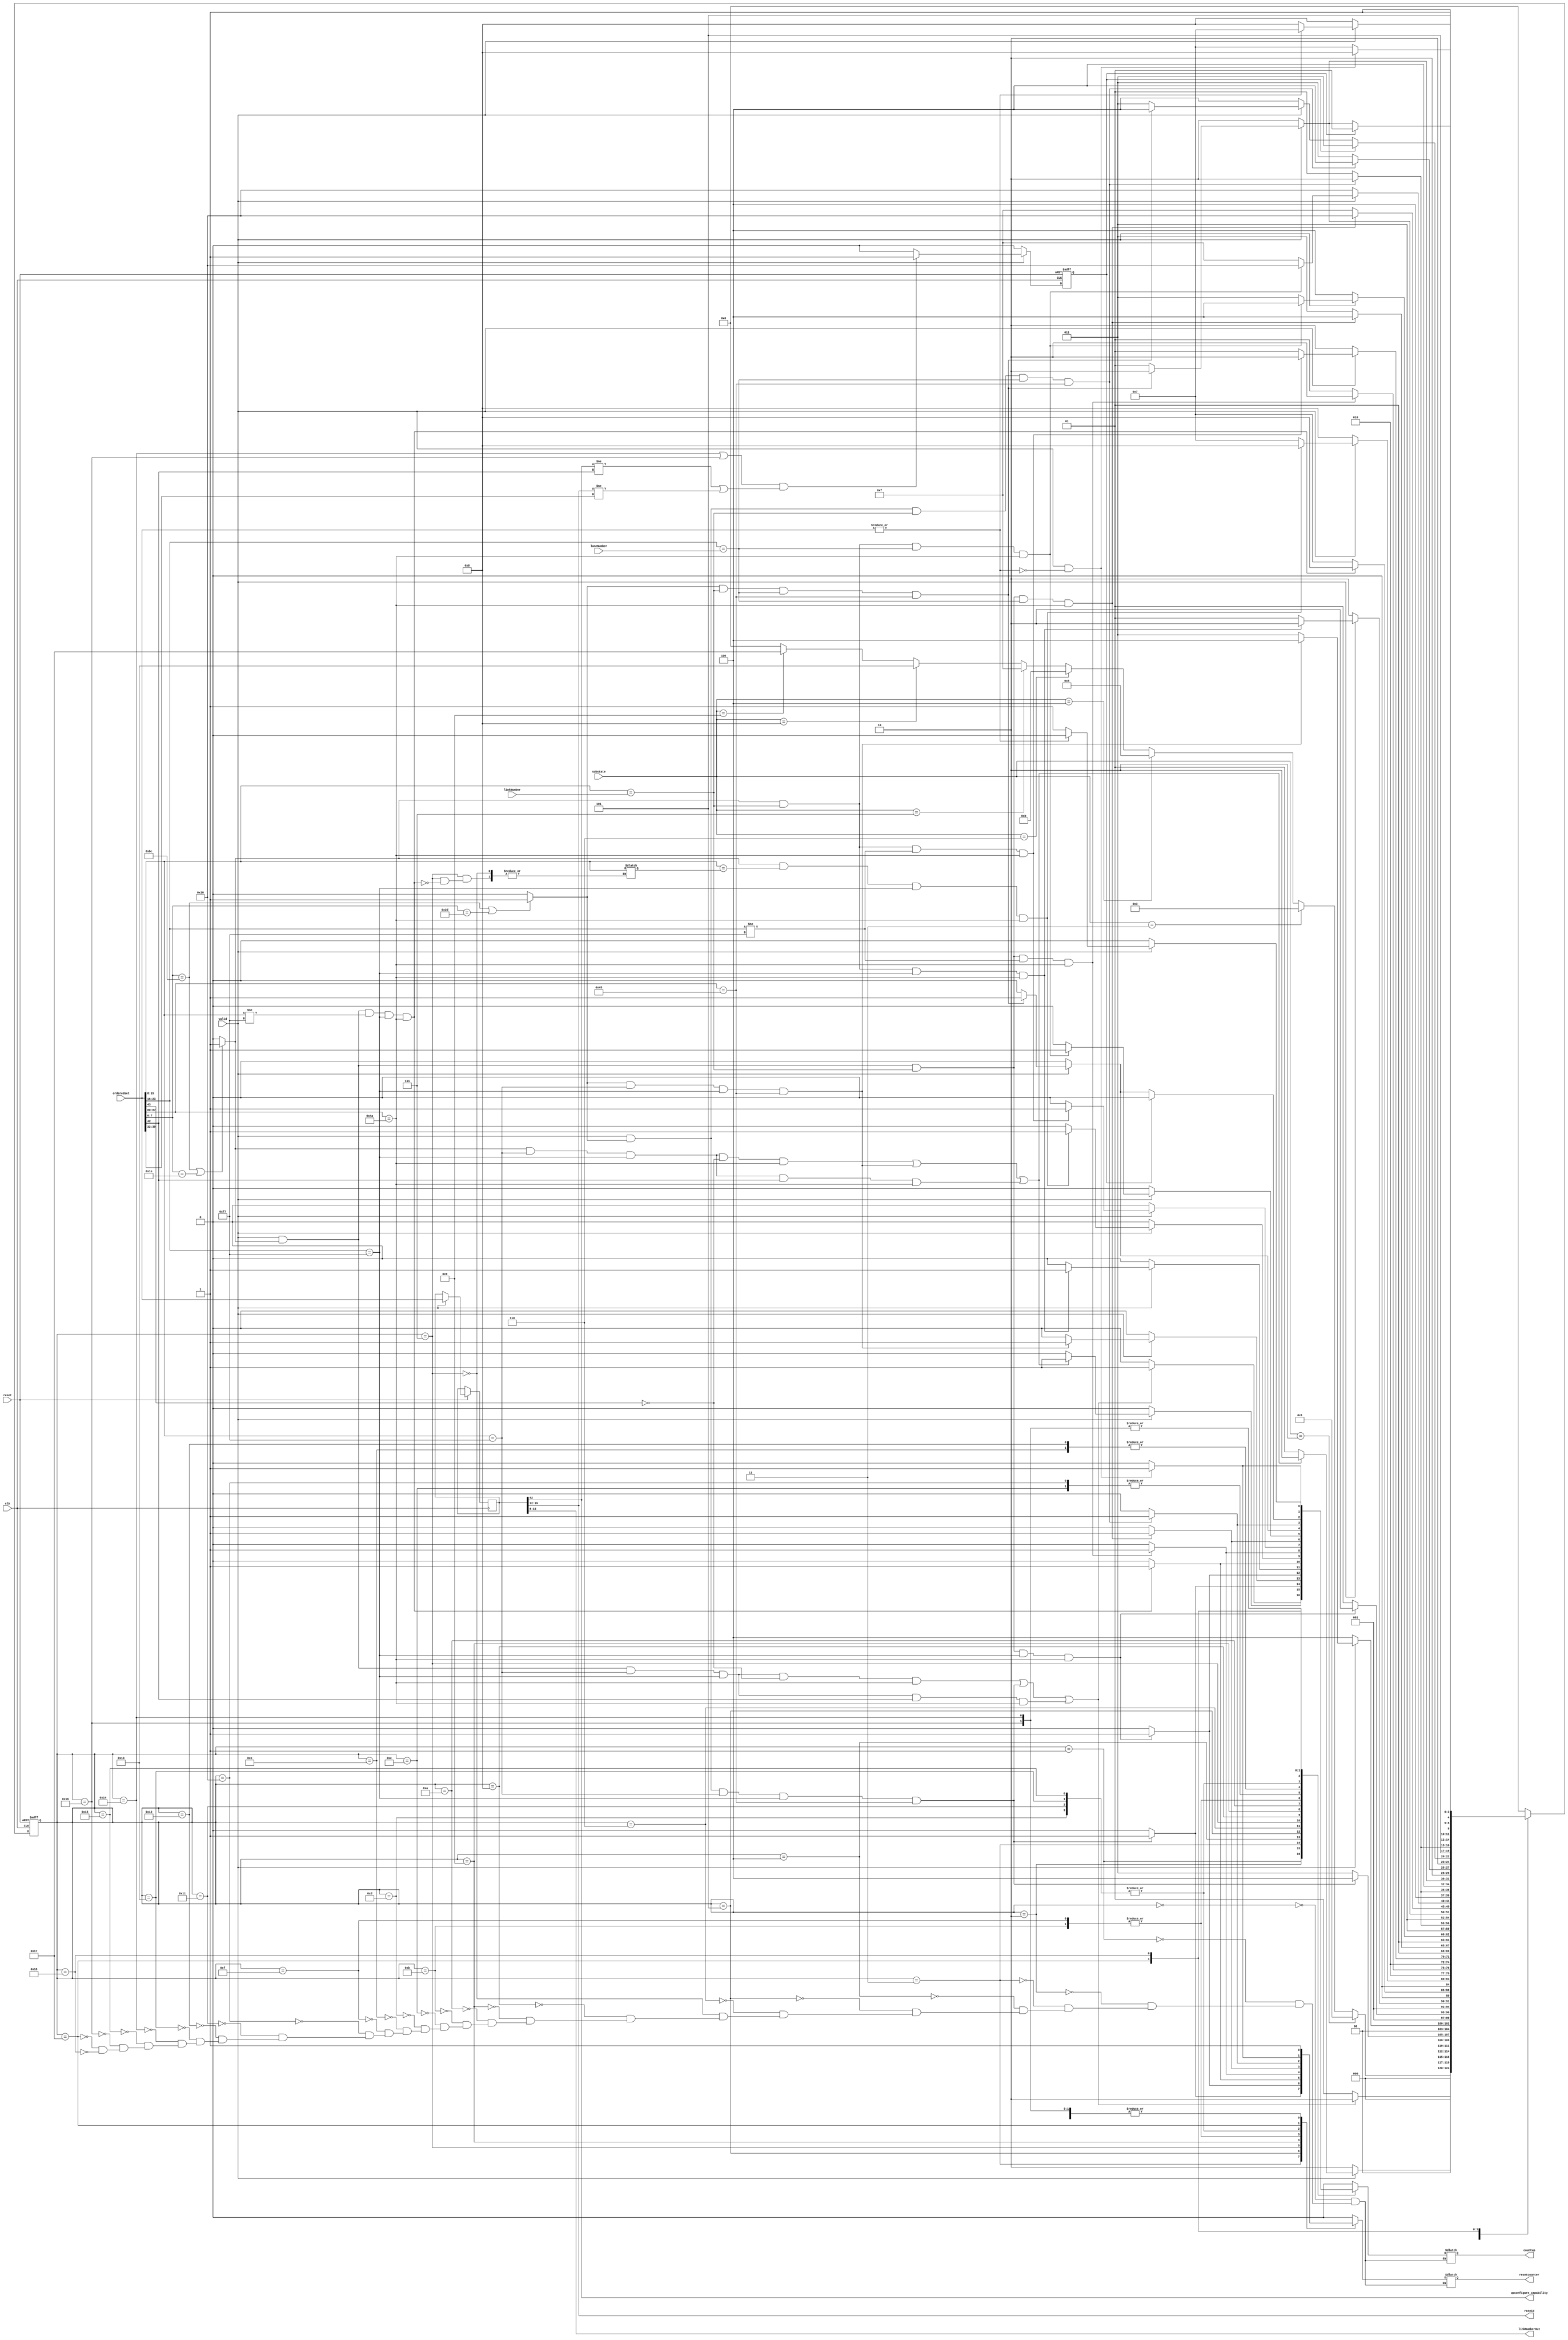
module osChecker #(parameter DEVICETYPE = 0)(
    input clk,
    input [7:0]linkNumber,
    input [7:0]laneNumber,
    input [127:0]orderedset,
    input valid,
    input [3:0]substate,
    input reset,
    output reg countup,
    output reg resetcounter,
    output [7:0] rateid,
    output [7:0] linkNumberOut,
    output upconfigure_capability);

    //LOCLA VARIABLES
    reg[4:0] currentState,nextState;
    reg[127:0] localorderedset;
    reg notEqual;
    reg [7:0] linkNumberReg;
    wire ts1CorrectStart,ts2CorrectStart;
    localparam [7:0]
    PAD = 8'hF7, 
    TS1 = 8'h4A,
    TS2 = 8'h45,
    COM = 	8'hBC, //BC
    gen3TS1 = 8'h1E,
    gen3TS2 = 8'h2D;

//input substates from main ltssm
    localparam [3:0]
        detectQuiet =  4'd0,
        detectActive = 4'd1,
        pollingActive= 4'd2,
        pollingConfiguration= 4'd3,
        configurationLinkWidthStart = 4'd4,
        configurationLinkWidthAccept = 4'd5,
        configurationLanenumWait = 4'd6,
        configurationLanenumAccept = 4'd7,
        configurationComplete = 4'd8,
        configurationIdle = 4'd9;


//internal states
    localparam [4:0]
        start = 5'd0,
        pollingActive1= 5'd1,
        pollingActive2= 5'd2,
        pollingConfiguration1= 5'd3,
        pollingConfiguration2= 5'd4,
        configLinkWidthStartDown1 = 5'd5,
        configLinkWidthStartDown2 = 5'd6,
        configLinkWidthStartUp1 = 5'd7,
        configLinkWidthStartUp2 = 5'd8,
        configLinkWidthAcceptUp1 = 5'd9,
        configLinkWidthAcceptUp2 = 5'd10,
        configLanenumWaitDown1 = 5'd11,
        configLanenumWaitDown2 = 5'd12,
        configLanenumWaitUp1 = 5'd13,
        configLanenumWaitUp2 = 5'd14,
        configLanenumAcceptDown1 = 5'd15,
        configLanenumAcceptDown2 = 5'd16,
        configLanenumAcceptUp1 = 5'd17,
        configLanenumAcceptUp2 = 5'd18,
        configCompleteDown1 = 5'd19,
        configCompleteDown2 = 5'd20,
        configCompleteUp1 = 5'd21,
        configCompleteUp2 = 5'd22,
        configIdle1 = 5'd23,
        configIdle2 = 5'd24;
//CURRENT STATE FF
always @(posedge clk or negedge reset)
begin
    notEqual <= 1'b0;
    if(!reset)
    begin
        currentState <= start;
    end
    else
    begin
        currentState <= nextState;
        if(valid)
        begin
            localorderedset<=orderedset;
            if((currentState == configCompleteDown2||currentState == configCompleteUp2)&&(localorderedset[42] != orderedset[42] || localorderedset[39:32] != orderedset[39:32]))
            notEqual <= 1'b1;
        end
    end    
end

//next state logic block
always @(*)
begin
    case(currentState)
        start:
        begin
            resetcounter = 1'b0; countup = 1'b0;
            if      (substate == pollingActive) nextState = pollingActive1;
            else if (substate == pollingConfiguration) nextState = pollingConfiguration1;
            else if (substate == configurationLinkWidthStart && DEVICETYPE == 1'b0)nextState = configLinkWidthStartDown1;
            else if (substate == configurationLinkWidthStart && DEVICETYPE == 1'b1)nextState = configLinkWidthStartUp1;
            else if (substate == configurationLinkWidthAccept && DEVICETYPE == 1'b1)nextState = configLinkWidthAcceptUp1;
            else if (substate == configurationLanenumWait && DEVICETYPE == 1'b0) nextState = configLanenumWaitDown1;
            else if (substate == configurationLanenumWait && DEVICETYPE == 1'b1) nextState = configLanenumWaitUp1;
            else if (substate == configurationLanenumAccept && DEVICETYPE == 1'b0) nextState = configLanenumAcceptDown1;
            else if (substate == configurationLanenumAccept && DEVICETYPE == 1'b1) nextState = configLanenumAcceptUp1;
            else if (substate == configurationComplete && DEVICETYPE == 1'b0) nextState = configCompleteDown1;
            else if (substate == configurationComplete && DEVICETYPE == 1'b1) nextState = configCompleteUp1;
            else if (substate == configurationIdle) nextState = configIdle1;
            else nextState = start;
        end
/******************************polling Active**************************************************/
        pollingActive1:
        begin
            resetcounter = 1'b1; countup = 1'b0;
            if((valid&&ts1CorrectStart&&orderedset[15:8]==PAD && orderedset[23:16]==PAD && orderedset[43] == 1'b0 && orderedset[87:80] == TS1)||
            (valid&&ts2CorrectStart&&orderedset[15:8]==PAD && orderedset[23:16]==PAD && orderedset[87:80] == TS2)||
            (valid&&ts1CorrectStart&&orderedset[15:8]==PAD && orderedset[23:16]==PAD && orderedset[42] == 1'b1 && orderedset[87:80] == TS1)) 
            begin
            nextState = pollingActive2;
            resetcounter = 1'b1; countup = 1'b1;
            end
            else nextState = pollingActive1;
        end
        pollingActive2:
        begin
            resetcounter = 1'b1; countup = 1'b0; 
            if(valid)
            begin
            if((ts1CorrectStart&&orderedset[15:8]==PAD && orderedset[23:16]==PAD && orderedset[43] == 1'b0 && orderedset[87:80] == TS1)||
                (ts2CorrectStart&&orderedset[15:8]==PAD && orderedset[23:16]==PAD && orderedset[87:80] == TS2)||
                (ts1CorrectStart&&orderedset[15:8]==PAD && orderedset[23:16]==PAD && orderedset[42] == 1'b1 && orderedset[87:80] == TS1)) 
                begin
                    countup = 1'b1; 
                    nextState = pollingActive2;
                end
            else nextState = pollingActive1; 
            end
            else nextState = pollingActive2;
            
        end
        /**********************************pollingConfiguration*****************************************************/
        pollingConfiguration1:
        begin
            resetcounter = 1'b0; countup = 1'b0;
            if(valid &&ts2CorrectStart&& orderedset[15:8]==PAD && orderedset[23:16]==PAD && orderedset[87:80] == TS2)
            begin
                nextState = pollingConfiguration2;
                resetcounter = 1'b1; countup = 1'b1;
            end
            else nextState = pollingConfiguration1;
        end

        pollingConfiguration2:
        begin
            resetcounter = 1'b1; countup = 1'b0;
            if(valid)
            begin
                if(ts2CorrectStart&&orderedset[15:8]==PAD && orderedset[23:16]==PAD && orderedset[87:80] == TS2)
                begin
                    countup = 1'b1; 
                    nextState = pollingConfiguration2;
                end
                else nextState = pollingConfiguration1;        
            end
            else nextState = pollingConfiguration2;
        end
        /**********************************configLinkWidthStart*************************************************/
        configLinkWidthStartDown1:
        begin
            resetcounter = 1'b0; countup = 1'b0;
            if(valid&&ts1CorrectStart&&orderedset[15:8]==linkNumber && orderedset[23:16]==PAD && orderedset[87:80] == TS1)
            begin
                nextState =  configLinkWidthStartDown2;
                resetcounter = 1'b1; countup = 1'b1;
            end
            else nextState = configLinkWidthStartDown1;
        end

        configLinkWidthStartDown2:
        begin
            resetcounter = 1'b1; countup = 1'b0;
            if(valid)
                begin
                    if(ts1CorrectStart&&orderedset[15:8]==linkNumber && orderedset[23:16]==PAD && orderedset[87:80] == TS1)
                    begin
                        countup = 1'b1;
                        nextState =  configLinkWidthStartDown2;
                    end
                    else nextState =  configLinkWidthStartDown1;
                end
            else nextState =  configLinkWidthStartDown2;
        end
        configLinkWidthStartUp1:
        begin
            resetcounter = 1'b0; countup = 1'b0;
            if(valid &&ts1CorrectStart&&orderedset[15:8]!=PAD && orderedset[23:16]==PAD && orderedset[87:80] == TS1)
            begin
                nextState =  configLinkWidthStartUp2;
                linkNumberReg = orderedset[15:8];
                resetcounter = 1'b1; countup = 1'b1;
            end
                else nextState = configLinkWidthStartUp1;
        end

        configLinkWidthStartUp2:
        begin
            resetcounter = 1'b1; countup = 1'b0;
            if(valid)
                begin
                    if(ts1CorrectStart&&orderedset[15:8]==linkNumberReg && orderedset[23:16]==PAD && orderedset[87:80] == TS1)
                    begin
                        countup =1'b1;
                        nextState =  configLinkWidthStartUp2;
                    end
                    else nextState =  configLinkWidthStartUp1;
                end
            else nextState =  configLinkWidthStartUp2;
        end
        /********************************configLinkWidthAccept**************************************************/
            configLinkWidthAcceptUp1:
        begin
            resetcounter = 1'b0; countup = 1'b0;
            if(valid &&ts1CorrectStart&& orderedset[15:8]==linkNumber && orderedset[23:16]!=PAD  && orderedset[87:80] == TS1)
            begin
                nextState = configLinkWidthAcceptUp2;
                resetcounter = 1'b1; countup = 1'b1;
            end
                else nextState = configLinkWidthAcceptUp1;
        end

        configLinkWidthAcceptUp2:
        begin
            resetcounter = 1'b1; countup = 1'b0;
            if(valid)
                begin
                    if(ts1CorrectStart&&orderedset[15:8]==linkNumber && orderedset[23:16]!=PAD && orderedset[87:80] == TS1)
                    begin
                        countup = 1'b1;
                        nextState =  configLinkWidthAcceptUp2;
                    end
                    else nextState =  configLinkWidthAcceptUp1;
                end
            else nextState =  configLinkWidthAcceptUp2;
        end
        /******************************configLanenumWait***************************************************/
            configLanenumWaitDown1:
        begin
            resetcounter = 1'b0; countup = 1'b0;
            if(valid && ts1CorrectStart&&orderedset[15:8]==linkNumber && orderedset[23:16]==laneNumber && orderedset[87:80] == TS1)
            begin
                nextState = configLanenumWaitDown2;
                resetcounter = 1'b1; countup = 1'b1;
            end
            else nextState = configLanenumWaitDown1;
        end

        configLanenumWaitDown2:
        begin
            resetcounter = 1'b1; countup = 1'b0;
            if(valid)
            begin
                if(ts1CorrectStart&&orderedset[15:8]==linkNumber && orderedset[23:16]==laneNumber && orderedset[87:80] == TS1)
                begin
                    countup = 1'b1;
                    nextState =  configLanenumWaitDown2;
                end
                else nextState =  configLanenumWaitDown1;
            end
            else nextState =  configLanenumWaitDown2;
        end

        configLanenumWaitUp1:
        begin
            resetcounter = 1'b0; countup = 1'b0;
            if(valid && ts2CorrectStart&&orderedset[15:8]==linkNumber && orderedset[23:16]==laneNumber && orderedset[87:80] == TS2)
            begin
            nextState = configLanenumWaitUp2;
            resetcounter = 1'b1; countup = 1'b1;
            end
            else nextState = configLanenumWaitUp1;
        end

        configLanenumWaitUp2:
        begin
            resetcounter = 1'b1; countup = 1'b0;
            if(valid)
                begin
                    if(ts2CorrectStart&&orderedset[15:8]==linkNumber && orderedset[23:16]==laneNumber && orderedset[87:80] == TS2)
                    begin
                        countup = 1'b1;
                        nextState =  configLanenumWaitUp2;
                    end
                    else nextState =  configLanenumWaitUp1;
                end
            else nextState =  configLanenumWaitUp2;
        end
        /*********************************configLanenumAccept************************************************/
        configLanenumAcceptDown1:
        begin
            resetcounter = 1'b0; countup = 1'b0;
            if(valid && ts1CorrectStart&&orderedset[15:8]==linkNumber && orderedset[23:16]==laneNumber && orderedset[87:80] == TS1)
            begin
                nextState = configLanenumAcceptDown2;
                resetcounter = 1'b1; countup = 1'b1;
            end
            else nextState = configLanenumAcceptDown1;
        end

        configLanenumAcceptDown2:
        begin
            resetcounter = 1'b1; countup = 1'b0;
            if(valid)
            begin
                if(ts1CorrectStart&&orderedset[15:8]==linkNumber && orderedset[23:16]==laneNumber && orderedset[87:80] == TS1)
                begin
                    countup = 1'b1;
                    nextState =  configLanenumAcceptDown2;
                end
                else nextState =  configLanenumAcceptDown1;
            end
            else nextState =  configLanenumAcceptDown2;
        end

        configLanenumAcceptUp1:
        begin
            resetcounter = 1'b0; countup = 1'b0;
            if(valid &&ts2CorrectStart&& orderedset[15:8]==linkNumber && orderedset[23:16]==laneNumber && orderedset[87:80] == TS2)
            begin 
                nextState = configLanenumAcceptUp2;
                resetcounter = 1'b1; countup = 1'b1;
            end
            else nextState = configLanenumAcceptUp1;
        end

        configLanenumAcceptUp2:
        begin
            resetcounter = 1'b1; countup = 1'b0;
            if(valid)
            begin
                if(ts2CorrectStart&&orderedset[15:8]==linkNumber && orderedset[23:16]==laneNumber && orderedset[87:80] == TS2)
                begin
                    countup = 1'b1;
                    nextState =  configLanenumAcceptUp2;
                end
                else nextState =  configLanenumAcceptUp1;
            end
            else nextState =  configLanenumAcceptUp2;
        end
        /****************************************configComplete***************************************************/
        configCompleteDown1:
        begin
            resetcounter = 1'b0; countup = 1'b0;
            if(valid &&ts2CorrectStart&& orderedset[15:8]==linkNumber && orderedset[23:16]==laneNumber && orderedset[87:80] == TS2)
            begin
            nextState = configCompleteDown2;
            resetcounter = 1'b1; countup = 1'b1;
            end
            else nextState = configCompleteDown1;
        end

        configCompleteDown2:
        begin
            resetcounter = 1'b1; countup = 1'b0;
            if(notEqual)nextState = configCompleteDown1;
            else if(valid)
            begin
                if(ts2CorrectStart&&orderedset[15:8]==linkNumber && orderedset[23:16]==laneNumber && orderedset[87:80] == TS2)
                begin
                    countup = 1'b1;
                    nextState =  configCompleteDown2;
                end
                else nextState =  configCompleteDown1;
            end
            else nextState =  configCompleteDown2;
        end

        configCompleteUp1:
        begin
            resetcounter = 1'b0; countup = 1'b0;
            if(valid &&ts2CorrectStart&& orderedset[15:8]==linkNumber && orderedset[23:16]==laneNumber && orderedset[87:80] == TS2)
            begin
            nextState = configCompleteUp2;
            resetcounter = 1'b1; countup = 1'b1;
            end
            else nextState = configCompleteUp1;
        end
        configCompleteUp2:
        begin
            resetcounter = 1'b1; countup = 1'b0;
            if(notEqual)nextState = configCompleteUp1;
            else if(valid)
                begin
                    if(ts2CorrectStart&&orderedset[15:8]==linkNumber && orderedset[23:16]==laneNumber && orderedset[87:80] == TS2)
                    begin
                        countup = 1'b1;
                        nextState =  configCompleteUp2;
                    end
                    else nextState =  configCompleteUp1;
                end
            else nextState =  configCompleteUp2;
        end
        /***************************************configIdle***********************************************/
        configIdle1:
        begin
            resetcounter = 1'b0; countup = 1'b0;
            if(valid && (|orderedset==1'b0))
            begin
            nextState = configIdle2;
            resetcounter = 1'b1; countup = 1'b1;
            end
            else nextState = configIdle1;
        end

        configIdle2:
        begin
            resetcounter = 1'b1; countup = 1'b0;
            if(valid)
                begin
                    if((|orderedset==1'b0))
                    begin
                        countup = 1'b1;
                        nextState =  configIdle2;
                    end
                    else nextState =  configIdle1;
                end
            else nextState =  configIdle2;   
        end


        default:nextState = start;
endcase
end
    assign rateid = localorderedset[39:32];
    assign linkNumberOut = localorderedset[15:8];
    assign upconfigure_capability = localorderedset[42];
    assign ts1CorrectStart = (orderedset[7:0]==COM || orderedset[7:0]==gen3TS1)? 1'b1 : 1'b0;
    assign ts2CorrectStart = (orderedset[7:0]==COM || orderedset[7:0]==gen3TS2)? 1'b1 : 1'b0;
    //assign {link,lane,id}={orderedset[15:8],orderedset[23:16],orderedset[87:80]};
    
endmodule